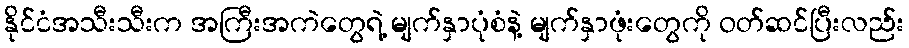
နိုင်ငံအသီးသီးက အကြီးအကဲတွေရဲ့ မျက်နှာပုံစံနဲ့ မျက်နှာဖုံးတွေကို ဝတ်ဆင်ပြီးလည်း